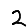
Digit: 2